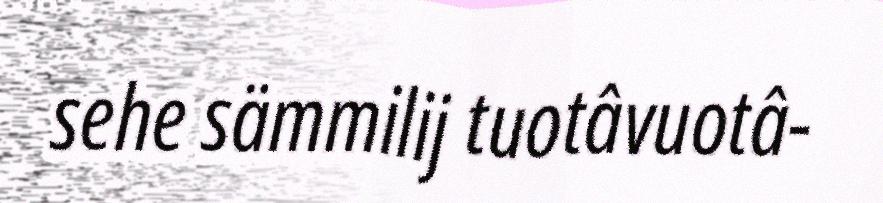
sehe sämmilij tuotâvuotâ-